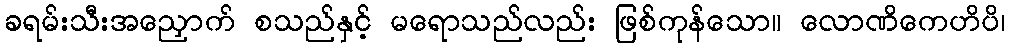
ခရမ်းသီးအညှောက် စသည်နှင့် မရောသည်လည်း ဖြစ်ကုန်သော။ လောဏိကေဟိပိ၊